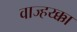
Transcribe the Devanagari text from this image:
वाज्हय्क्का